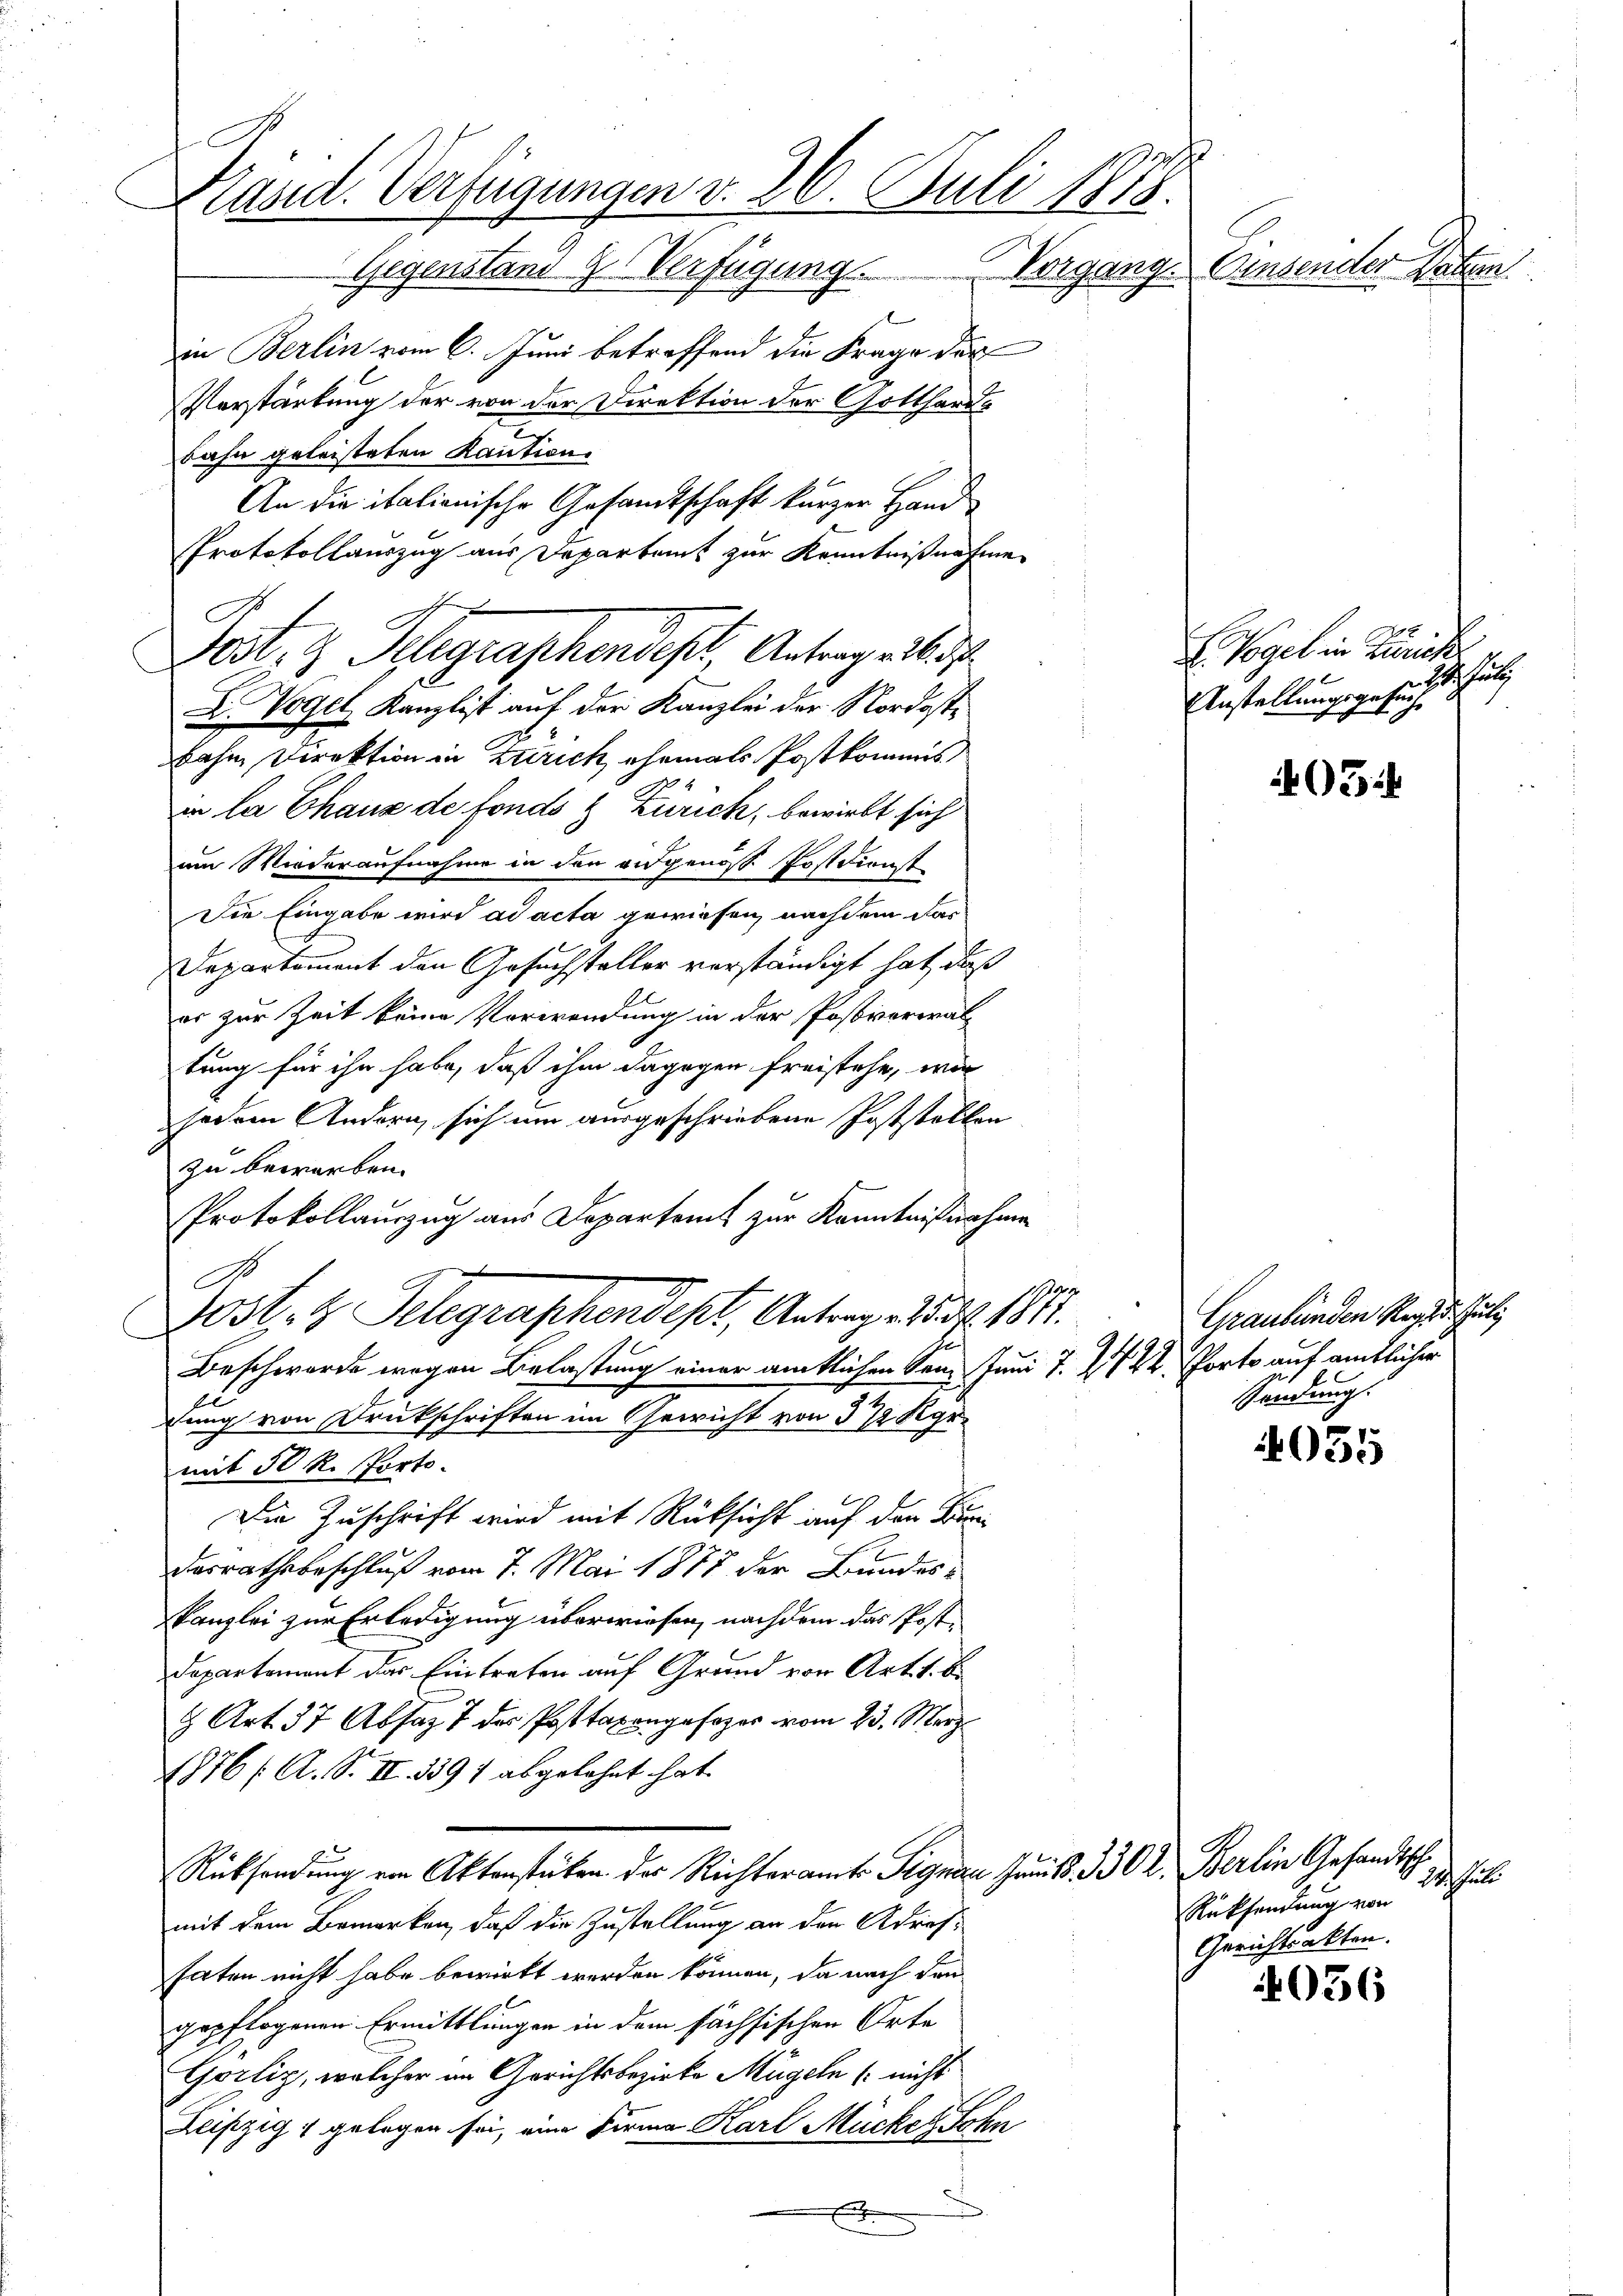
Kasid. Verfügungen v. 26. Juli 1858.
Vorgang. Einsender Paten.
Gegenstand Verfügung.
e

in Berlin vom 6. Juni betreffend die Frage der
Verstärkung der von der Direktion der Gotthards
bahn geleisteten Kaution.
An die italienische Gesandtschaft kurzer Hand
Protokollauszug aus Departamt zur Kenntnißnahme
D. Vogel, Kanzlist auf der Kanzlei der Nordostbahn Direktion in Zürich, ehemals Postkommis
i la Chaus de fonds & Zürich, bewirbt sich
um Wiederaufnahme in den augenosse Postdienst
Die Eingabe wird ad acta gewiesen, nachdem das
Departement den Gesuchsteller verständigt hat, daß
er zur Zeit keine Verwendung in der Postveriral
tung für ihn habe, daß ihm dagegen freistehe, wie
jedem Andern sich um ausgeschriebene Poststellen
zu beworben.
Protokollauszug aus Departem zur Kenntnißnahme
192
Post. H. Gelegraphendept, Antrage Prof. 1811.
Beschwerde wegen Belastung einer amtlichen dem Juni 7. 2744. Porto auf amtlicher
dung von Druckschriften im Gewicht von 372 Kgr.
mit 50 R. Porto
Die Zuschrift wird mit Rücksicht auf den Kir¬
Dasrathsbeschluß vom 7. Mai 1877 der Bundes-
kanzlei zur Erledigung überwiesen, nachdem das Post-
Departement das Eintreten auf Grund von Art. 1. b.
8 Art. 37 Absaz 7 der Posttaxengesezes vom 23. März
1876 /: A. S. II. 339) abgelehnt hat.
Rücksendung von Aktenstücken der Richteramts Signau Juni 18. 330
mit dem Bemerken, daß die Zustellung an den Adres-
haten nicht habe bewirkt werden können, da nach den
gepflogenen Ermittlungen in dem sächsischen Orte
Gorlig, welcher im Gerichtsbezirke Mügeln (nicht
Leipzig & gelegen sei, eine Firma Karl Mückes Sohn
x

Post- & Seegraphendest, Antrag

Vogel in Zürich
Sche
Anstellungsgesuch

05

Graubünden Reguli
Sendung.

4035

I. Berlin Gesandtsch
124. Jul
Rücksendung von
Gerichtsakten.

4036